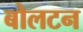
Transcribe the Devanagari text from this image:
बोलटन